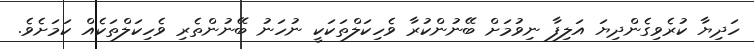
ހަދިޔާ ކުރެވިގެންދިޔަ އަލިފާ ނިވުމަށް ބޭނުންކުރާ ވެހިކަލްތަކަކީ ނުހަނު ބޭނުންތެރި ވެހިކަލްތަކެއް ކަމަށެވެ.